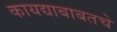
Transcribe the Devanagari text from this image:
कायद्याबाबतचे